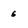
Character: 6